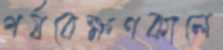
পর্যবেক্ষণকালে